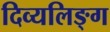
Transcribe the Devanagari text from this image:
दिव्यलिङ्ग